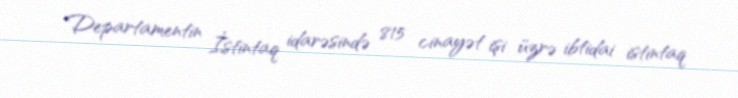
Departamentin İstintaq idarəsində 815 cinayət işi üzrə ibtidai istintaq